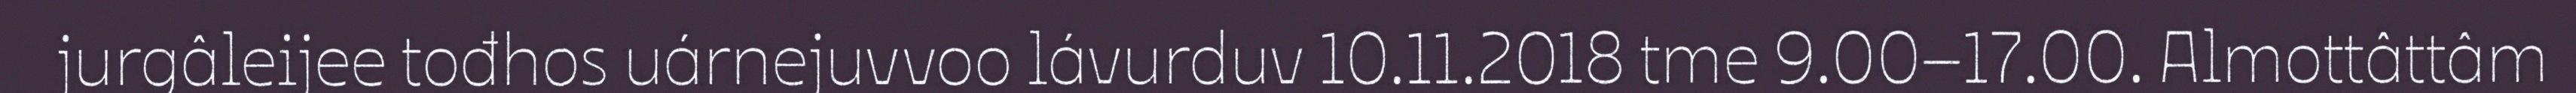
jurgâleijee tođhos uárnejuvvoo lávurduv 10.11.2018 tme 9.00–17.00. Almottâttâm